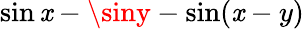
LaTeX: \sin\mathit{x}-\siny-\sin(\mathit{x}-y)